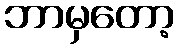
ဘာမှတော့